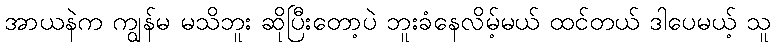
အာယနဲက ကျွန်မ မသိဘူး ဆိုပြီးတော့ပဲ ဘူးခံနေလိမ့်မယ် ထင်တယ် ဒါပေမယ့် သူ